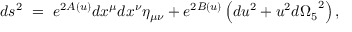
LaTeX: d s ^ { 2 } ~ = ~ e ^ { 2 A ( u ) } d x ^ { \mu } d x ^ { \nu } \eta _ { \mu \nu } + e ^ { 2 B ( u ) } \left( d u ^ { 2 } + u ^ { 2 } d { \Omega _ { 5 } } ^ { 2 } \right) ,